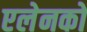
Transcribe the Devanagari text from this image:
एलेनको